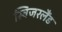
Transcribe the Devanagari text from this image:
स्विजरलैंड